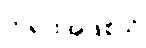
ဘုရားအဖြစ်သို့